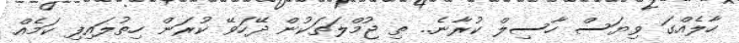
ހާލެއްގަ ވިޔަސް ހާސިލް ކުރާނެ.. ތި ޖުމްލަތަކުން ދޭހަވޭ ކުރަން ހިތުލައިފި ކަމެއް